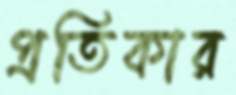
প্রতিকার